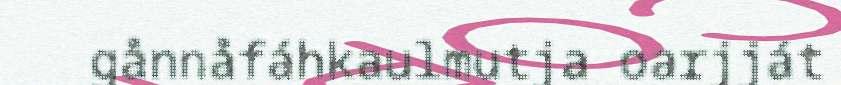
gånnåfáhkaulmutja oarjját